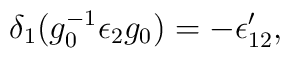
\delta_1 (g_0^{-1} \epsilon_2 g_0) = - \epsilon'_{12},